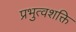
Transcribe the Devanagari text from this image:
प्रभुत्वशक्ति